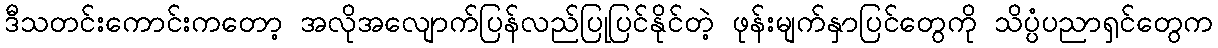
ဒီသတင်းကောင်းကတော့ အလိုအလျောက်ပြန်လည်ပြုပြင်နိုင်တဲ့ ဖုန်းမျက်နှာပြင်တွေကို သိပ္ပံပညာရှင်တွေက